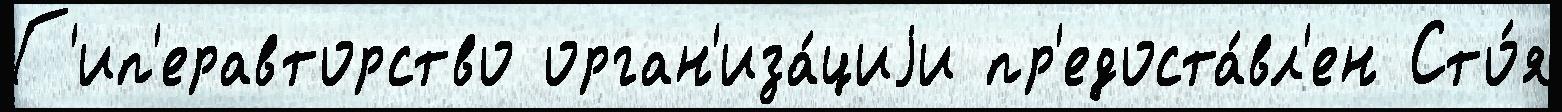
Г'ип'еравторство орган'иза́циjи пр'едоста́вл'ен Сто́я